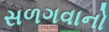
સળગવાનો